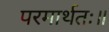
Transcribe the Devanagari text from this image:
परमार्थतः॥